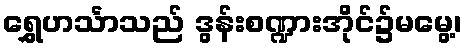
ရွှေဟင်္သာသည် ဒွန်းစဏ္ဍားအိုင်၌မမွေ့၊